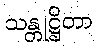
သန္တုဋ္ဌိတာ